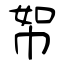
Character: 帤